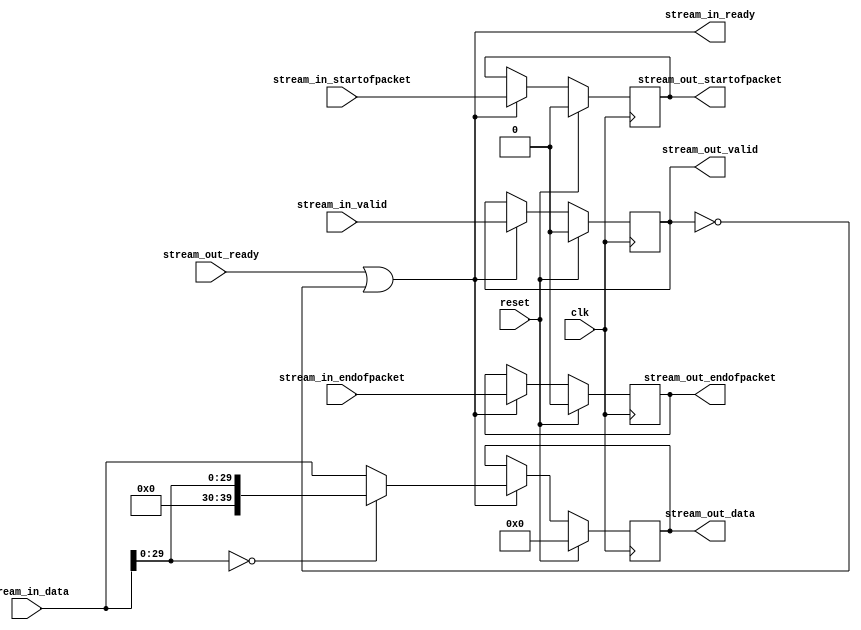
module Computer_System_VGA_Subsystem_Char_Buf_Subsystem_Set_Black_Transparent (
	clk,
	reset,
	stream_in_data,
	stream_in_startofpacket,
	stream_in_endofpacket,
	stream_in_valid,
	stream_in_ready,
	stream_out_ready,
	stream_out_data,
	stream_out_startofpacket,
	stream_out_endofpacket,
	stream_out_valid
);
parameter CW		= 29;			
parameter DW		= 39;			
parameter COLOR	= 30'd0;		
parameter ALPHA	= 10'd0;		
input						clk;
input						reset;
input			[DW: 0]	stream_in_data;
input						stream_in_startofpacket;
input						stream_in_endofpacket;
input						stream_in_valid;
output					stream_in_ready;
input						stream_out_ready;
output reg	[DW: 0]	stream_out_data;
output reg				stream_out_startofpacket;
output reg				stream_out_endofpacket;
output reg				stream_out_valid;
wire			[DW: 0]	converted_data;
always @(posedge clk)
begin
	if (reset)
	begin
		stream_out_data				<=  'b0;
		stream_out_startofpacket	<= 1'b0;
		stream_out_endofpacket		<= 1'b0;
		stream_out_valid				<= 1'b0;
	end
	else if (stream_out_ready | ~stream_out_valid)
	begin
		stream_out_data				<= converted_data;
		stream_out_startofpacket	<= stream_in_startofpacket;
		stream_out_endofpacket		<= stream_in_endofpacket;
		stream_out_valid				<= stream_in_valid;
	end
end
assign stream_in_ready = stream_out_ready | ~stream_out_valid;
assign converted_data = (stream_in_data[CW:0] == COLOR) ?
									{ALPHA, stream_in_data[CW:0]} :
									stream_in_data;
endmodule